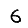
Digit: 6